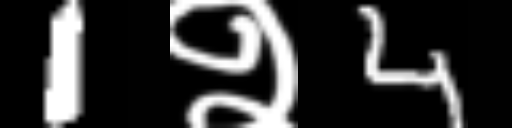
Text: 1२4